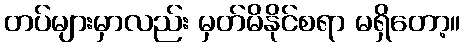
တပ်များမှာလည်း မှတ်မိနိုင်စရာ မရှိတော့။